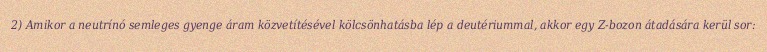
2) Amikor a neutrínó semleges gyenge áram közvetítésével kölcsönhatásba lép a deutériummal, akkor egy Z-bozon átadására kerül sor: